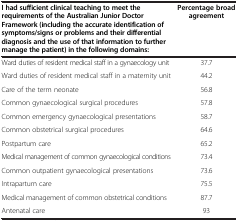
<table><thead><tr><td><b>I had sufficient clinical teaching to meet the requirements of the Australian Junior Doctor Framework (including the accurate identification of symptoms/signs or problems and their differential diagnosis and the use of that information to further manage the patient) in the following domains:</b></td><td><b>Percentage broad agreement</b></td></tr></thead><tbody><tr><td>Ward duties of resident medical staff in a gynaecology unit</td><td>37.7</td></tr><tr><td>Ward duties of resident medical staff in a maternity unit</td><td>44.2</td></tr><tr><td>Care of the term neonate</td><td>56.8</td></tr><tr><td>Common gynaecological surgical procedures</td><td>57.8</td></tr><tr><td>Common emergency gynaecological presentations</td><td>58.7</td></tr><tr><td>Common obstetrical surgical procedures</td><td>64.6</td></tr><tr><td>Postpartum care</td><td>65.2</td></tr><tr><td>Medical management of common gynaecological conditions</td><td>73.4</td></tr><tr><td>Common outpatient gynaecological presentations</td><td>73.6</td></tr><tr><td>Intrapartum care</td><td>75.5</td></tr><tr><td>Medical management of common obstetrical conditions</td><td>87.7</td></tr><tr><td>Antenatal care</td><td>93</td></tr></tbody></table>